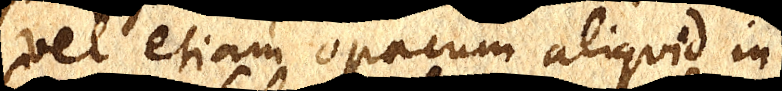
vel etiam opacum aliquid in